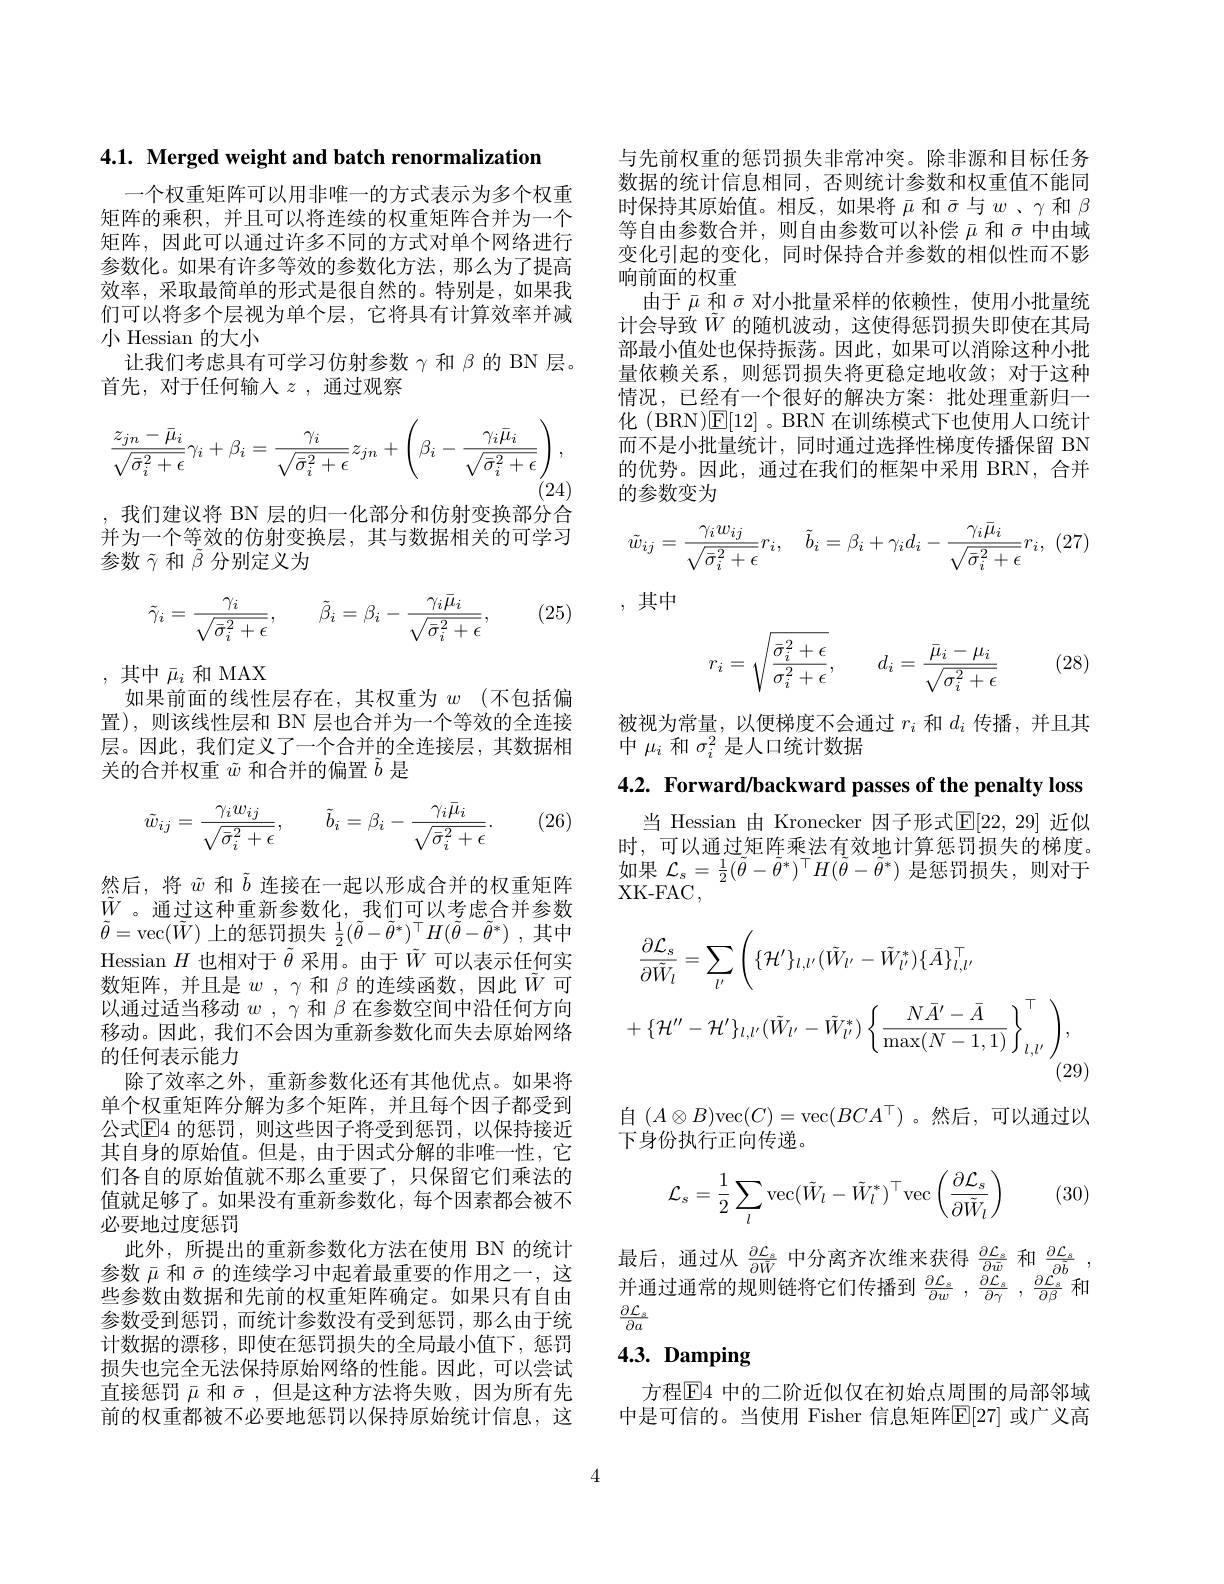
4.1. Merged weight and batch renormalization

一个权重矩阵可以用非唯一的方式表示为多个权重矩阵的乘积，并且可以将连续的权重矩阵合并为一个矩阵，因此可以通过许多不同的方式对单个网络进行参数化。如果有许多等效的参数化方法，那么为了提高效率，采取最简单的形式是很自然的。特别是，如果我们可以将多个层视为单个层，它将具有计算效率并减小 Hessian 的大小
让我们考虑具有可学习仿射参数$\gamma$和$\beta$的 BN 层。
首先，对于任何输人$z$ ,通过观察
$$\frac{z_{jn}-\bar{\mu}_{i}}{\sqrt{\bar{\sigma}_{i}^{2}+\epsilon}}\gamma_{i}+\beta_{i}=\frac{\gamma_{i}}{\sqrt{\bar{\sigma}_{i}^{2}+\epsilon}}z_{jn}+\left(\beta_{i}-\frac{\gamma_{i}\bar{\mu}_{i}}{\sqrt{\bar{\sigma}_{i}^{2}+\epsilon}}\right),$$
,我们建议将 BN 层的归一化部分和仿射变换部分合并为一个等效的仿射变换层，其与数据相关的可学习参数$\tilde{\gamma}$和$\tilde{\beta}$分别定义为

(25)
$$\tilde{\gamma}_{i}=\frac{\gamma_{i}}{\sqrt{\bar{\sigma}_{i}^{2}+\epsilon}},\quad\tilde{\beta}_{i}=\beta_{i}-\frac{\gamma_{i}\bar{\mu}_{i}}{\sqrt{\bar{\sigma}_{i}^{2}+\epsilon}},$$
,其中$\bar{\mu}_i$和 MAX
如果前面的线性层存在，其权重为 $w$ (不包括偏

置),则该线性层和 BN 层也合并为一个等效的全连接层。因此，我们定义了一个合并的全连接层，其数据相关的合并权重$\tilde{w}$和合并的偏置$\tilde{b}$是

(26)
$$\tilde{w}_{ij}=\frac{\gamma_iw_{ij}}{\sqrt{\bar{\sigma}_i^2+\epsilon}},\quad\tilde{b}_i=\beta_i-\frac{\gamma_i\bar{\mu}_i}{\sqrt{\bar{\sigma}_i^2+\epsilon}}.$$
然后，将$\tilde{w}$和$\tilde{b}$连接在一起以形成合并的权重矩阵$\tilde{W}$ 。通过这种重新参数化，我们可以考虑合并参数$\tilde{\theta}=$vec$(\tilde{W})$上的惩罚损失$\frac 12( \tilde{\theta } - \tilde{\theta } ^* ) ^\top H( \tilde{\theta } - \tilde{\theta } ^* )$ ,其中Hessian $H$也相对于$\tilde{\theta}$采用。由于$\tilde{W}$可以表示任何实数矩阵，并且是$w$ , $\gamma$和$\beta$的连续函数，因此$\tilde{W}$可以通过适当移动$w$ , $\gamma$和$\beta$在参数空间中沿任何方向移动。因此，我们不会因为重新参数化而失去原始网络的任何表示能力
除了效率之外，重新参数化还有其他优点。如果将单个权重矩阵分解为多个矩阵，并且每个因子都受到公式$\mathbb{E}$4 的惩罚，则这些因子将受到惩罚，以保持接近其自身的原始值。但是，由于因式分解的非唯一性，它们各自的原始值就不那么重要了，只保留它们乘法的值就足够了。如果没有重新参数化，每个因素都会被不必要地过度惩罚
此外，所提出的重新参数化方法在使用 BN 的统计参数$\bar{\mu}$和$\bar{\sigma}$的连续学习中起着最重要的作用之一，这些参数由数据和先前的权重矩阵确定。如果只有自由参数受到惩罚，而统计参数没有受到惩罚，那么由于统计数据的漂移，即使在惩罚损失的全局最小值下，惩罚损失也完全无法保持原始网络的性能。因此，可以尝试直接惩罚$\bar{\mu}$和$\bar{\sigma}$,但是这种方法将失败，因为所有先前的权重都被不必要地惩罚以保持原始统计信息，这

与先前权重的惩罚损失非常冲突。除非源和目标任务数据的统计信息相同，否则统计参数和权重值不能同时保持其原始值。相反，如果将$\bar{\mu}$和$\bar{\sigma}$与$w$ 、$\gamma$和$\beta$ 等自由参数合并，则自由参数可以补偿$\bar{\mu}$和$\bar{\sigma}$中由域变化引起的变化，同时保持合并参数的相似性而不影响前面的权重
由于$\bar{\mu}$和$\bar{\sigma}$对小批量采样的依赖性，使用小批量统计会导致$\tilde{W}$的随机波动，这使得惩罚损失即使在其局部最小值处也保持振荡。因此，如果可以消除这种小批量依赖关系，则惩罚损失将更稳定地收敛；对于这种情况，已经有一个很好的解决方案：批处理重新归一化 (BRN)$\mathbb{E}[12]$。BRN 在训练模式下也使用人口统计而不是小批量统计，同时通过选择性梯度传播保留 BN 的优势。因此，通过在我们的框架中采用 BRN, 合并的参数变为
$$\tilde{w}_{ij}=\frac{\gamma_iw_{ij}}{\sqrt{\bar{\sigma}_i^2+\epsilon}}r_i,\quad\tilde{b}_i=\beta_i+\gamma_id_i-\frac{\gamma_i\bar{\mu}_i}{\sqrt{\bar{\sigma}_i^2+\epsilon}}r_i,$$
,其中

(28)
$$r_i=\sqrt{\frac{\bar{\sigma}_i^2+\epsilon}{\sigma_i^2+\epsilon}},\quad d_i=\frac{\bar{\mu}_i-\mu_i}{\sqrt{\sigma_i^2+\epsilon}}$$
被视为常量，以便梯度不会通过$r_i$和$d_i$传播，并且其
中$\mu_i$和$\sigma_i^2$是人口统计数据

4.2. Forward/backward passes of the penalty loss

当 Hessian 由 Kronecker 因子形式$\mathbb{E}[22,29]$ 近似时，可以通过矩阵乘法有效地计算惩罚损失的梯度。如果$\mathcal{L}_s=\frac12(\tilde{\theta}-\tilde{\theta}^*)^\top H(\tilde{\theta}-\tilde{\theta}^*)$是惩罚损失，则对于XK- FAC,
$$\begin{aligned}&\frac{\partial\mathcal{L}_{s}}{\partial\tilde{W}_{l}}=\sum_{l^{\prime}}\left(\{\mathcal{H}^{\prime}\}_{l,l^{\prime}}(\tilde{W}_{l^{\prime}}-\tilde{W}_{l^{\prime}}^{*})\{\bar{A}\}_{l,l^{\prime}}^{\top}\\&+\{\mathcal{H}^{\prime\prime}-\mathcal{H}^{\prime}\}_{l,l^{\prime}}(\tilde{W}_{l^{\prime}}-\tilde{W}_{l^{\prime}}^{*})\left\{\frac{N\bar{A}^{\prime}-\bar{A}}{\max(N-1,1)}\right\}_{l,l^{\prime}}^{\top}\right),\end{aligned}$$
自$(A\otimes B)$vec$(C)=$vec$(BCA^\top)$ 。然后，可以通过以
下身份执行正向传递。

(30)
$$\mathcal{L}_{s}=\frac{1}{2}\sum_{l}\mathrm{vec}(\tilde{W}_{l}-\tilde{W}_{l}^{*})^{\top}\mathrm{vec}\left(\frac{\partial\mathcal{L}_{s}}{\partial\tilde{W}_{l}}\right)$$
最后，通过从$\frac\partial\mathcal{L}_s{\partial\tilde{W}}$中分离齐次维来获得$\frac\partial\mathcal{L}_s{\partial\tilde{w}}$和$\frac{\partial\mathcal{L}_s}{\partial\tilde{b}}$ 并通过通常的规则链将它们传播到$\frac\partial\mathcal{L}_s{\partial w}\:,\:\frac{\partial\mathcal{L}_s}{\partial\gamma}\:,\:\frac{\partial\mathcal{L}_s}{\partial\beta}$ 和$\frac{\partial\mathcal{L}_s}{\partial a}$

# 4.3. Damping

方程$\mathbb{E}$4 中的二阶近似仅在初始点周围的局部邻域中是可信的。当使用 Fisher 信息矩阵$\mathbb{E}[27]$ 或广义高

4